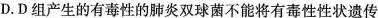
D.D组产生的有毒性的肺炎双球菌不能将有毒性性状遗传